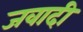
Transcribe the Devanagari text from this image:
जवादी